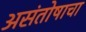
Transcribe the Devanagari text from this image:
असंतोषाचा